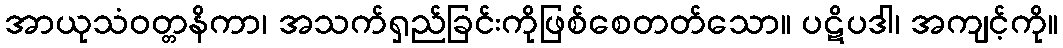
အာယုသံဝတ္တနိကာ၊ အသက်ရှည်ခြင်းကိုဖြစ်စေတတ်သော။ ပဋိပဒါ၊ အကျင့်ကို။